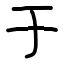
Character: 于